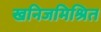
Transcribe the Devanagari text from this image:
खनिजमिश्रित